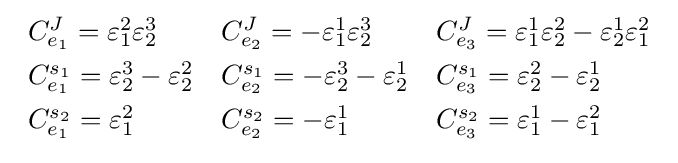
{\begin{array}{lll}C_{e_{1}}^{J}=\varepsilon _{1}^{2}\varepsilon _{2}^{3}&C_{e_{2}}^{J}=-\varepsilon _{1}^{1}\varepsilon _{2}^{3}&C_{e_{3}}^{J}=\varepsilon _{1}^{1}\varepsilon _{2}^{2}-\varepsilon _{2}^{1}\varepsilon _{1}^{2}\\[4pt]C_{e_{1}}^{s_{1}}=\varepsilon _{2}^{3}-\varepsilon _{2}^{2}&C_{e_{2}}^{s_{1}}=-\varepsilon _{2}^{3}-\varepsilon _{2}^{1}&C_{e_{3}}^{s_{1}}=\varepsilon _{2}^{2}-\varepsilon _{2}^{1}\\[4pt]C_{e_{1}}^{s_{2}}=\varepsilon _{1}^{2}&C_{e_{2}}^{s_{2}}=-\varepsilon _{1}^{1}&C_{e_{3}}^{s_{2}}=\varepsilon _{1}^{1}-\varepsilon _{1}^{2}\\[4pt]\end{array}}